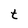
Character: t